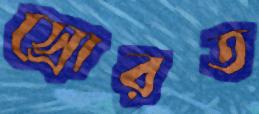
স্রোরত